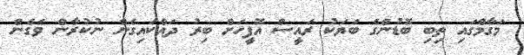
މަގާމްގައި ތިބި ބޮޑުންގެ ބަޔަކު ރައީސް އޮފީހަށް ބިރު ދައްކައިގެން ނުކުރާން ވެގެން